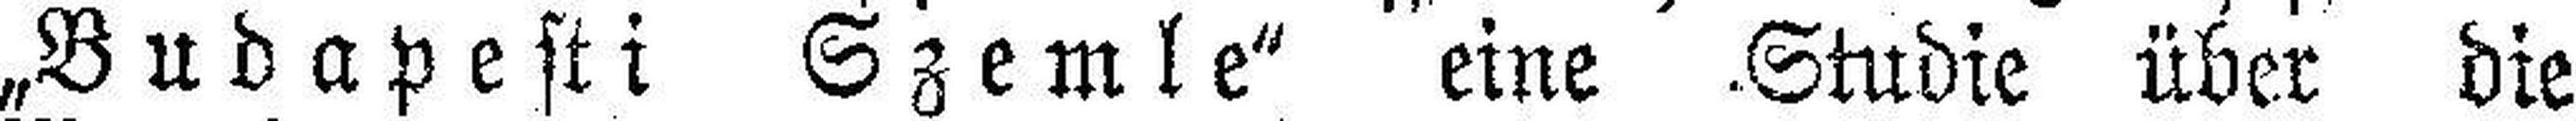
„Budapesti Szemle“ eine Studie über die